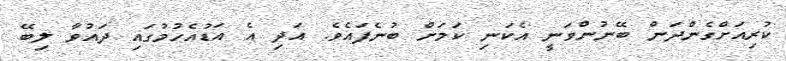
ކުރިއަށްގެންދަން ބޭނުންވަނީ އެކަނި ކަމަށް ބުނެފައެވެ. އަދި އެ އަޑުއެހުމުގައި ދައުވާ ލިބޭ